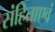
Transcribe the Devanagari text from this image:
संहिताएवं